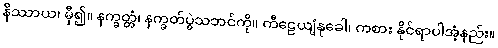
နိဿာယ၊ မှီ၍။ နက္ခတ္တံ၊ နက္ခတ်ပွဲသဘင်ကို။ ကီဠေယျံနုခေါ၊ ကစား နိုင်ရာပါအံ့နည်း။